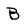
Character: B